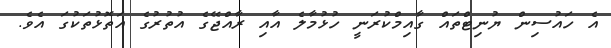
އެ ހައުސިން ޔުނިޓްތައް ގާއިމްކުރަނީ ހުޅުމާލެ އާއި ރާއްޖޭގެ އުތުރުގެ އަތޮޅުތަކުގަ އެވެ.